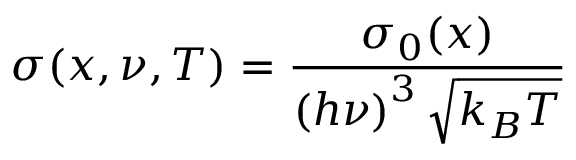
\sigma ( x , \nu , T ) = \frac { \sigma _ { 0 } ( x ) } { \left( h \nu \right) ^ { 3 } \sqrt { k _ { B } T } }